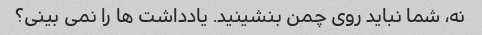
نه، شما نباید روی چمن بنشینید. یادداشت ها را نمی بینی؟